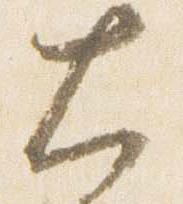
大